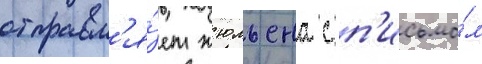
отправл'я́ет жюльена с п'исьмо́м